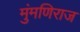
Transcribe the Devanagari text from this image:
मुंमणिराज